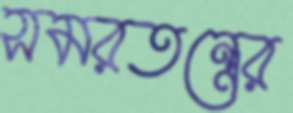
সমরতন্ত্রের